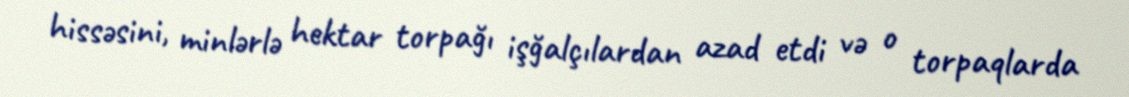
hissəsini, minlərlə hektar torpağı işğalçılardan azad etdi və o torpaqlarda